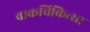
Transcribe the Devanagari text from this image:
वाकचिकित्सा